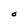
Character: O